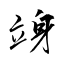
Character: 竧